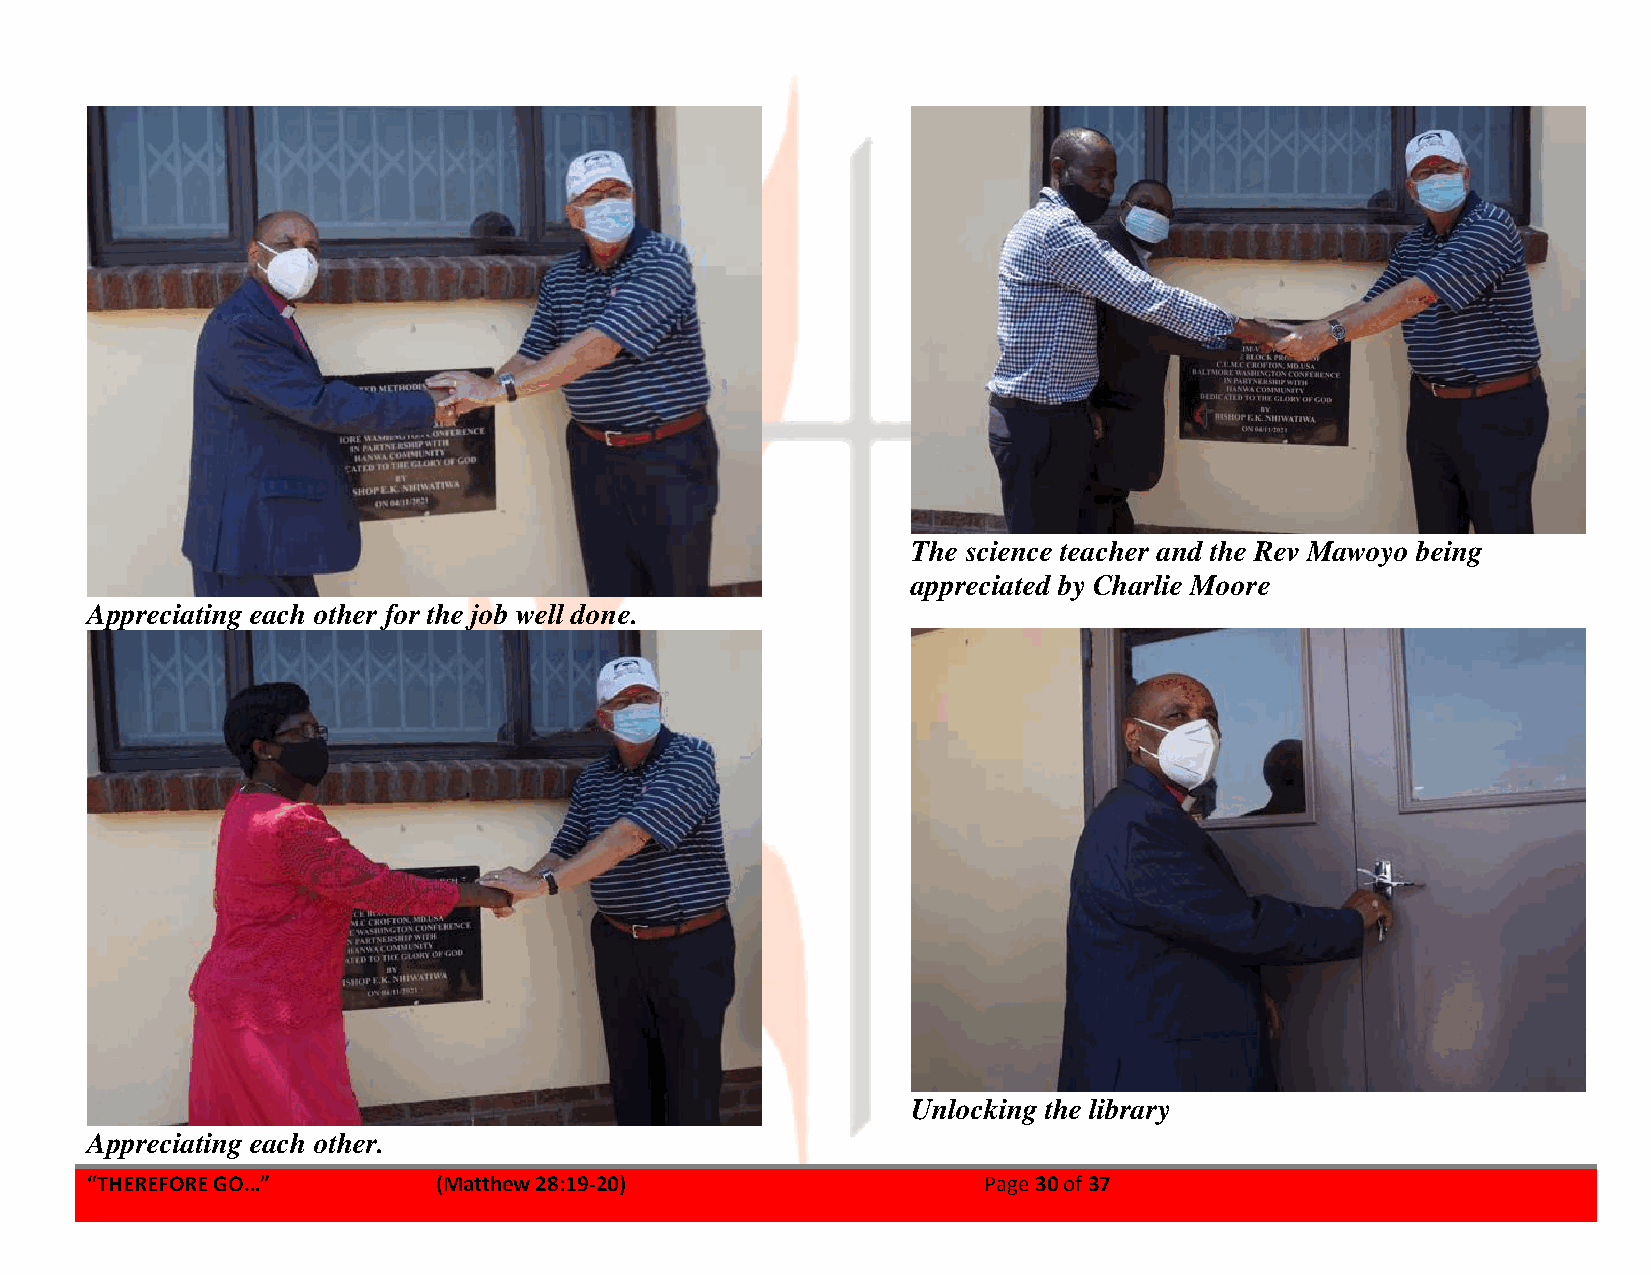
The science teacher and the Rev Mawoyo being
 appreciated by Charlie Moore
 Appreciating each other for the job well done.
 Unlocking the library
 Appreciating each other.
 “THEREFORE GO…”        (Matthew 28:19-20)                  Page 30 of 37